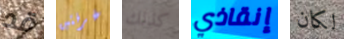
قد غرفتين كذلك إنقاذي لكان